Vaccination in Bombay 1863-1868 - 1863-1868
Year: 1863
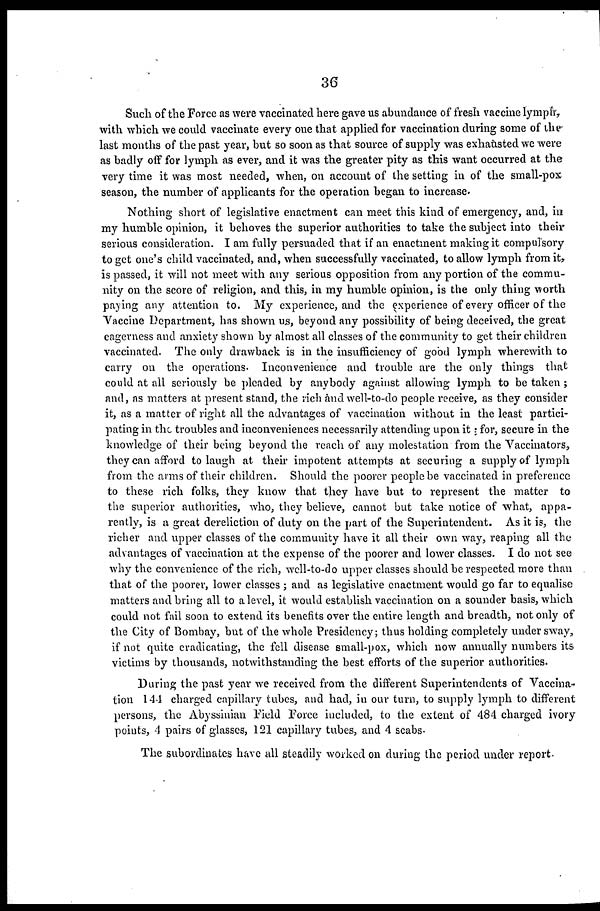
36
Such of the Force as were vaccinated here gave us abundance of fresh vaccine lymph,
with which we could vaccinate every one that applied for vaccination during some of the
last months of the past year, but so soon as that source of supply was exhausted we were
as badly off for lymph as ever, and it was the greater pity as this want occurred at the
very time it was most needed, when, on account of the setting in of the small-pox
season, the number of applicants for the operation began to increase.
Nothing short of legislative enactment can meet this kind of emergency, and, in
my humble opinion, it behoves the superior authorities to take the subject into their
serious consideration. I am fully persuaded that if an enactment making it compulsory
to get one's child vaccinated, and, when successfully vaccinated, to allow lymph from it,
is passed, it will not meet with any serious opposition from any portion of the commu-
nity on the score of religion, and this, in my humble opinion, is the only thing worth
paying any attention to. My experience, and the experience of every officer of the
Vaccine Department, has shown us, beyond any possibility of being deceived, the great
eagerness and anxiety shown by almost all classes of the community to get their children
vaccinated. The only drawback is in the insufficiency of good lymph wherewith to
carry on the operations. Inconvenience and trouble are the only things that
could at all seriously be pleaded by anybody against allowing lymph to be taken ;
and, as matters at present stand, the rich and well-to-do people receive, as they consider
it, as a matter of right all the advantages of vaccination without in the least partici-
pating in the troubles and inconveniences necessarily attending upon it; for, secure in the
knowledge of their being beyond the reach of any molestation from the Vaccinators,
they can afford to laugh at their impotent attempts at securing a supply of lymph
from the arms of their children. Should the poorer people be vaccinated in preference
to these rich folks, they know that they have but to represent the matter to
the superior authorities, who, they believe, cannot but take notice of what, appa-
rently, is a great dereliction of duty on the part of the Superintendent. As it is, the
richer and upper classes of the community have it all their own way, reaping all the
advantages of vaccination at the expense of the poorer and lower classes. I do not see
why the convenience of the rich, well-to-do upper classes should be respected more than
that of the poorer, lower classes ; and as legislative enactment would go far to equalise
matters and bring all to a level, it would establish vaccination on a sounder basis, which
could not fail soon to extend its benefits over the entire length and breadth, not only of
the City of Bombay, but of the whole Presidency; thus holding completely under sway,
if not quite eradicating, the fell disease small-pox, which now annually numbers its
victims by thousands, notwithstanding the best efforts of the superior authorities.
During the past year we received from the different Superintendents of Vaccina-
tion 144 charged capillary tubes, and had, in our turn, to supply lymph to different
persons, the Abyssinian Field Force included, to the extent of 484 charged ivory
points, 4 pairs of glasses, 121 capillary tubes, and 4 scabs.
The subordinates have all steadily worked on during the period under report.